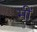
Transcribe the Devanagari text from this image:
मीं